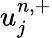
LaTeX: u_{j}^{n,+}